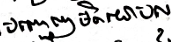
បញ្ចេញមតិយោបល់